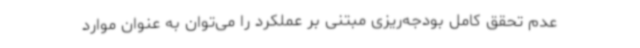
عدم تحقق کامل بودجه‌ریزی مبتنی بر عملکرد را می‌توان به عنوان موارد